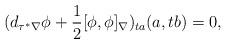
LaTeX: \begin{align*} (d_{\tau^*\nabla}\phi + \frac{1}{2}[\phi,\phi]_\nabla)_{ta}(a,tb) = 0, \end{align*}